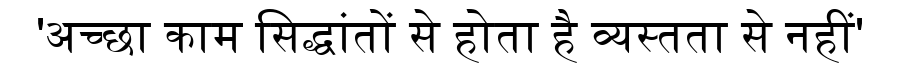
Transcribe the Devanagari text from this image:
'अच्छा काम सिद्धांतों से होता है व्यस्तता से नहीं'